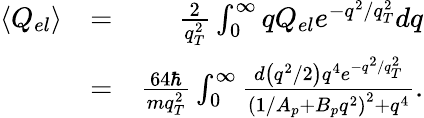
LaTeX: \begin{array}{rlr}{\langle Q_{el}\rangle}&{=}&{\frac{2}{q_{T}^{2}}\int_{0}^{\infty}qQ_{el}e^{-q^{2}/q_{T}^{2}}dq}\\ &{=}&{\frac{64\hbar}{mq_{T}^{2}}\int_{0}^{\infty}\frac{{d}\left(q^{2}/2\right)q^{4}e^{-q^{2}/q_{T}^{2}}}{{\left(1/A_{p}+B_{p}q^{2}\right)^{2}}+q^{4}}.}\end{array}